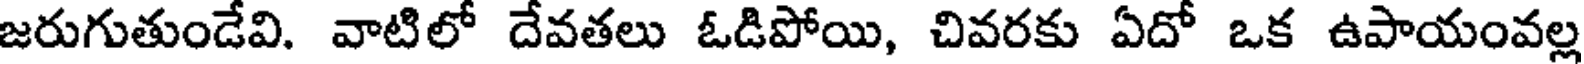
జరుగుతుండేవి. వాటిలో దేవతలు ఓడిపోయి, చివరకు ఏదో ఒక ఉపాయంవల్ల